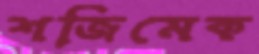
শজিমেক